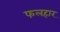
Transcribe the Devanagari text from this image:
फलहार